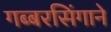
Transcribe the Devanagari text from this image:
गब्बरसिंगाने